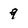
Character: 9